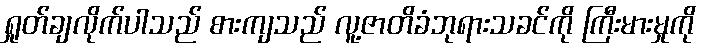
ရှုတ်ချလိုက်ပါသည် စားကျသည် လူ့ဇာတိခံဘုရားသခင်ကို ကြီးမားမှုကို